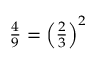
\textstyle { \frac { 4 } { 9 } } = \left( { \frac { 2 } { 3 } } \right) ^ { 2 }